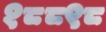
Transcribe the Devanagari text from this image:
१८८९८